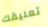
تعليقك